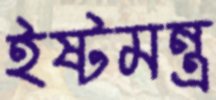
ইষ্টমন্ত্র